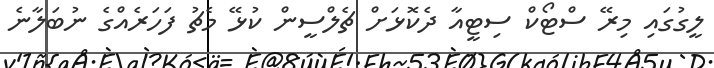
ލީގުގައި މިރޭ ސްޓޯކް ސިޓީއާ ދެކޮޅަށް ޗެލްސީން ކުޅޭ މެޗު ފަހަރެއްގެ ނުބަލާނެ